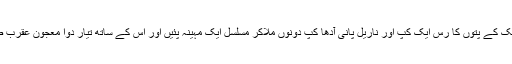
جواب: آپ پالک کے پتوں کا رس ایک کپ اور ناریل پانی آدھا کپ دونوں ملاکر مسلسل ایک مہینہ پئیں اور اس کے ساتھ تیار دوا معجون عقرب صبح و شام ۱۔